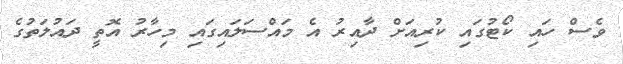
ވެސް ހައި ކޯޓުގައި ކުރިއަށް ދާއިރު އެ މައްސަލައިގައި މިހާރު އޮތީ ދައުލަތުގެ